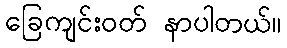
ခြေကျင်းဝတ် နာပါတယ်။